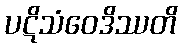
ပဋိသံဝေဒိဿတိ